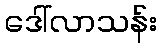
ဒေါ်လာသန်း